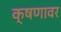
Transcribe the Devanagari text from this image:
क्षणावर